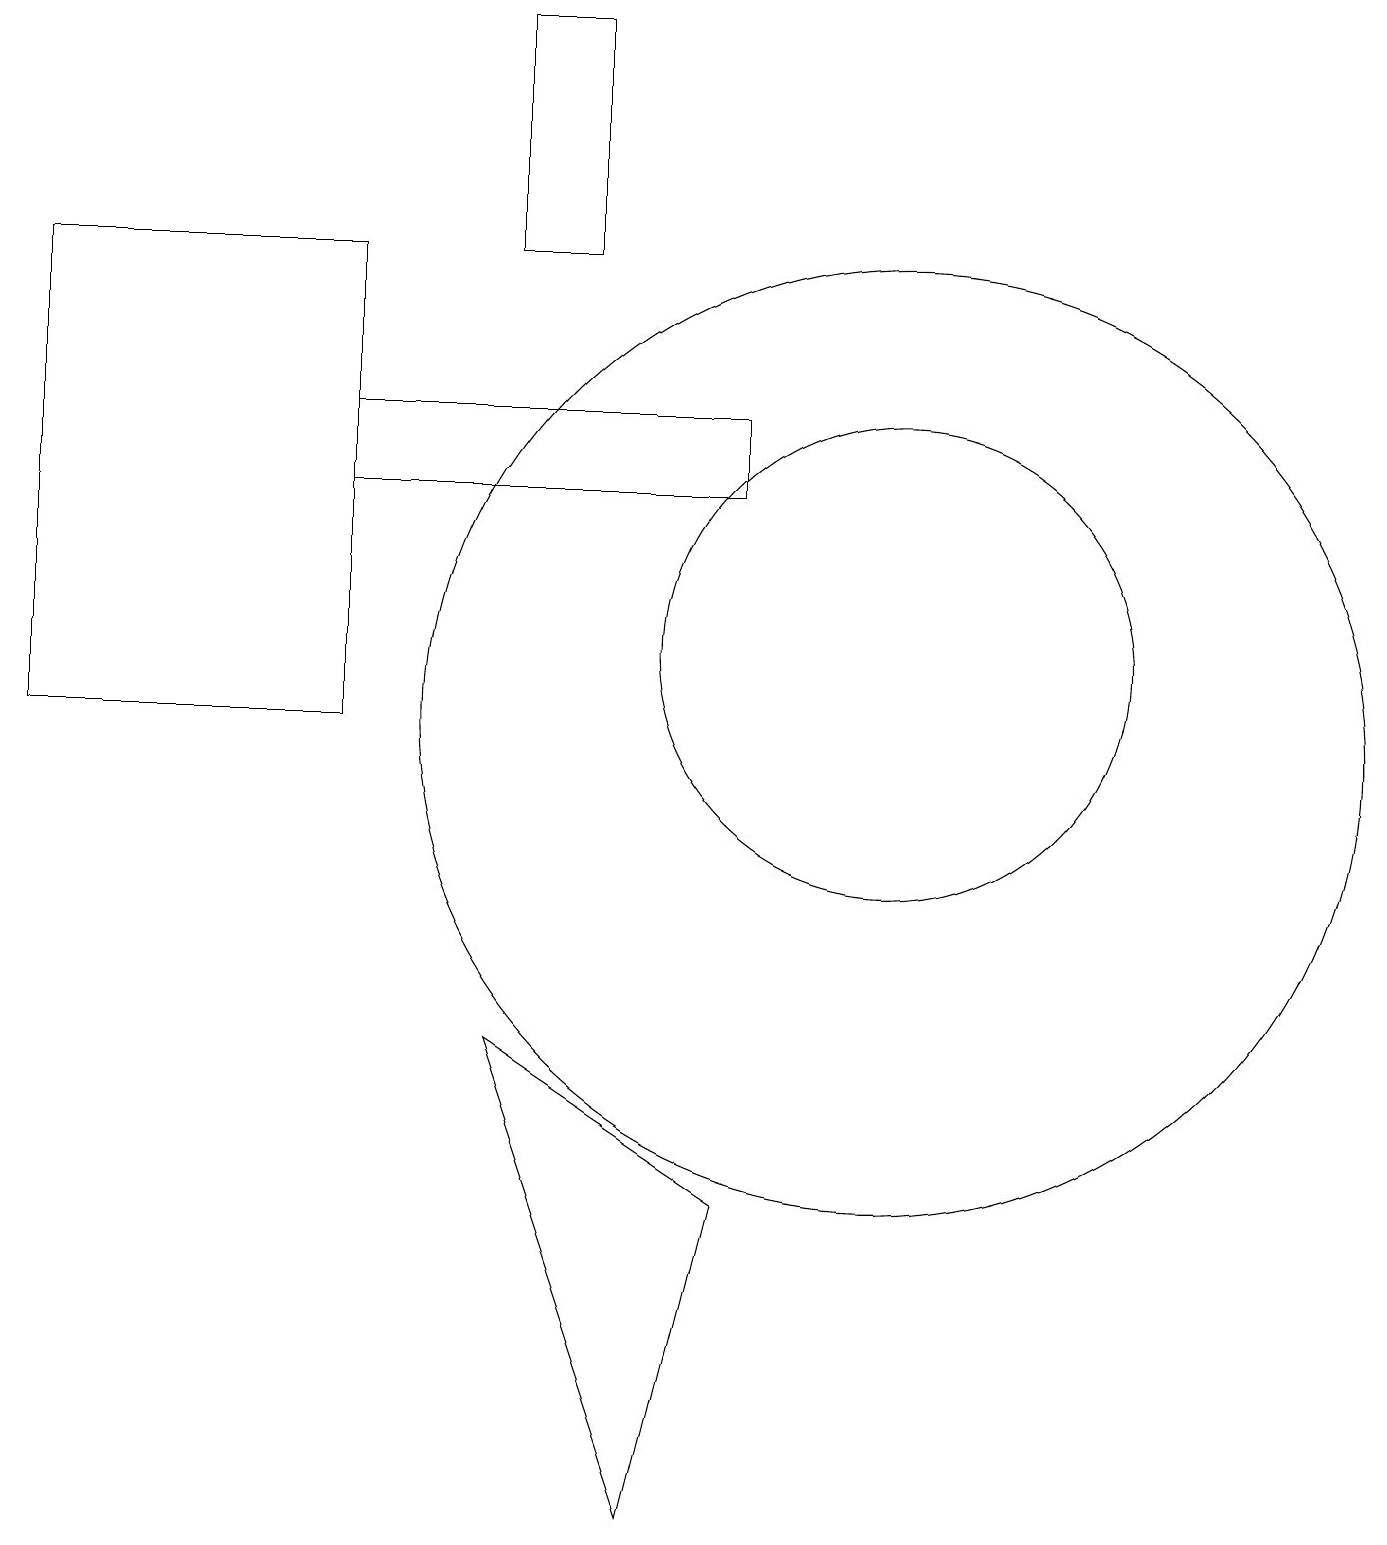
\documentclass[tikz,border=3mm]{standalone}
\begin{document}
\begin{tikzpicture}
\draw (8,0) -- (6,6) -- (9,4) -- cycle;
\draw (11,11) circle (3);
\draw (11,10) circle (6);
\draw (4,13) rectangle (9,14);
\draw (0,10) rectangle (4,16);
\draw (6,19) rectangle (7,16);
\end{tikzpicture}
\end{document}